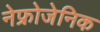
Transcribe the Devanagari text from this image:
नेफ्रोजेनिक